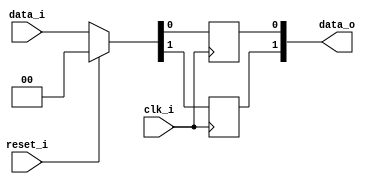
module bsg_dff_reset_width_p2
(
  clk_i,
  reset_i,
  data_i,
  data_o
);

  input [1:0] data_i;
  output [1:0] data_o;
  input clk_i;
  input reset_i;
  wire [1:0] data_o;
  wire N0,N1,N2,N3,N4;
  reg data_o_1_sv2v_reg,data_o_0_sv2v_reg;
  assign data_o[1] = data_o_1_sv2v_reg;
  assign data_o[0] = data_o_0_sv2v_reg;

  always @(posedge clk_i) begin
    if(1'b1) begin
      data_o_1_sv2v_reg <= N4;
    end 
  end


  always @(posedge clk_i) begin
    if(1'b1) begin
      data_o_0_sv2v_reg <= N3;
    end 
  end

  assign { N4, N3 } = (N0)? { 1'b0, 1'b0 } : 
                      (N1)? data_i : 1'b0;
  assign N0 = reset_i;
  assign N1 = N2;
  assign N2 = ~reset_i;

endmodule